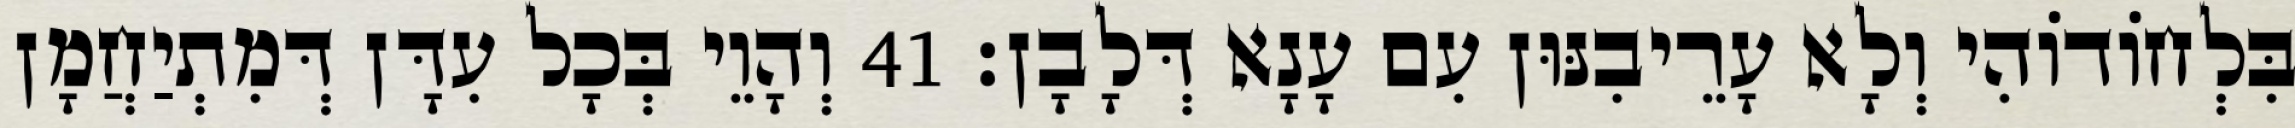
בִּלְחוֹדוֹהִי וְלָא עָרֵיבִנּוּן עִם עָנָא דְּלָבָן׃ 41 וְהָוֵי בְּכָל עִדָּן דְּמִתְיַחֲמָן